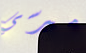
ميرسي